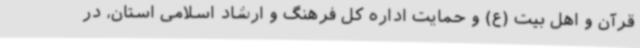
قرآن و اهل بیت (ع) و حمایت اداره کل فرهنگ و ارشاد اسلامی استان، در